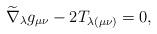
LaTeX: \begin{align*}\widetilde{\nabla }_{\lambda }g_{\mu \nu }-2T_{\lambda (\mu \nu )}=0,\end{align*}